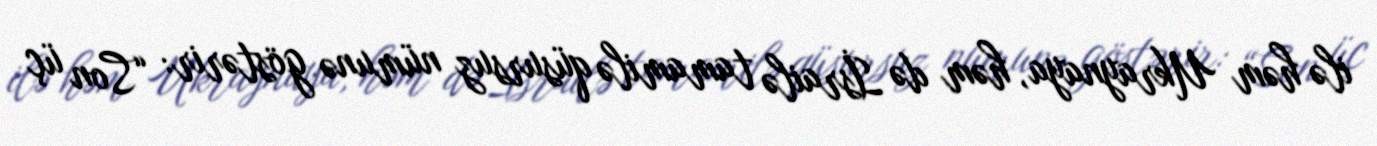
ilə həm Ukraynaya, həm də İsrailə tamamilə qüsursuz nümunə göstərir: “Son üç